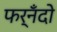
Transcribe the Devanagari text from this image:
फर्‌नँदो